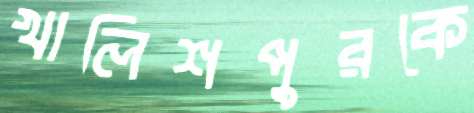
খালিশপুরকে